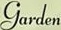
Garden